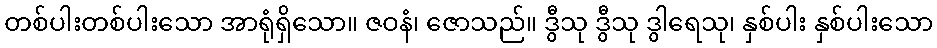
တစ်ပါးတစ်ပါးသော အာရုံရှိသော။ ဇဝနံ၊ ဇောသည်။ ဒွီသု ဒွီသု ဒွါရေသု၊ နှစ်ပါး နှစ်ပါးသော